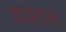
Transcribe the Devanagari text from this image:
कास्टास